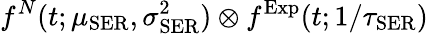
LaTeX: f^{N}(t;\mu_{\mathrm{SER}},\sigma_{\mathrm{SER}}^{2})\otimes f^{\mathrm{Exp}}(t;1/\tau_{\mathrm{SER}})